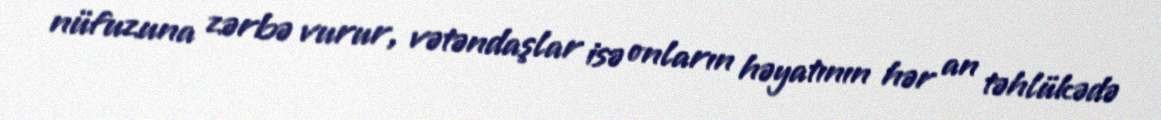
nüfuzuna zərbə vurur, vətəndaşlar isə onların həyatının hər an təhlükədə